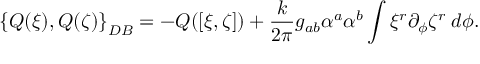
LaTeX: \left\{ Q ( \xi ) , Q ( \zeta ) \right\} _ { D B } = - Q ( [ \xi , \zeta ] ) + { \frac { k } { 2 \pi } } g _ { a b } \alpha ^ { a } \alpha ^ { b } \int \xi ^ { r } \partial _ { \phi } \zeta ^ { r } \: d \phi .